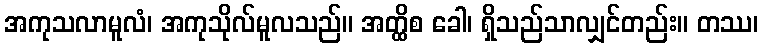
အကုသလာမူလံ၊ အကုသိုလ်မူလသည်။ အတ္ထိစ ခေါ၊ ရှိသည်သာလျှင်တည်း။ တဿ၊